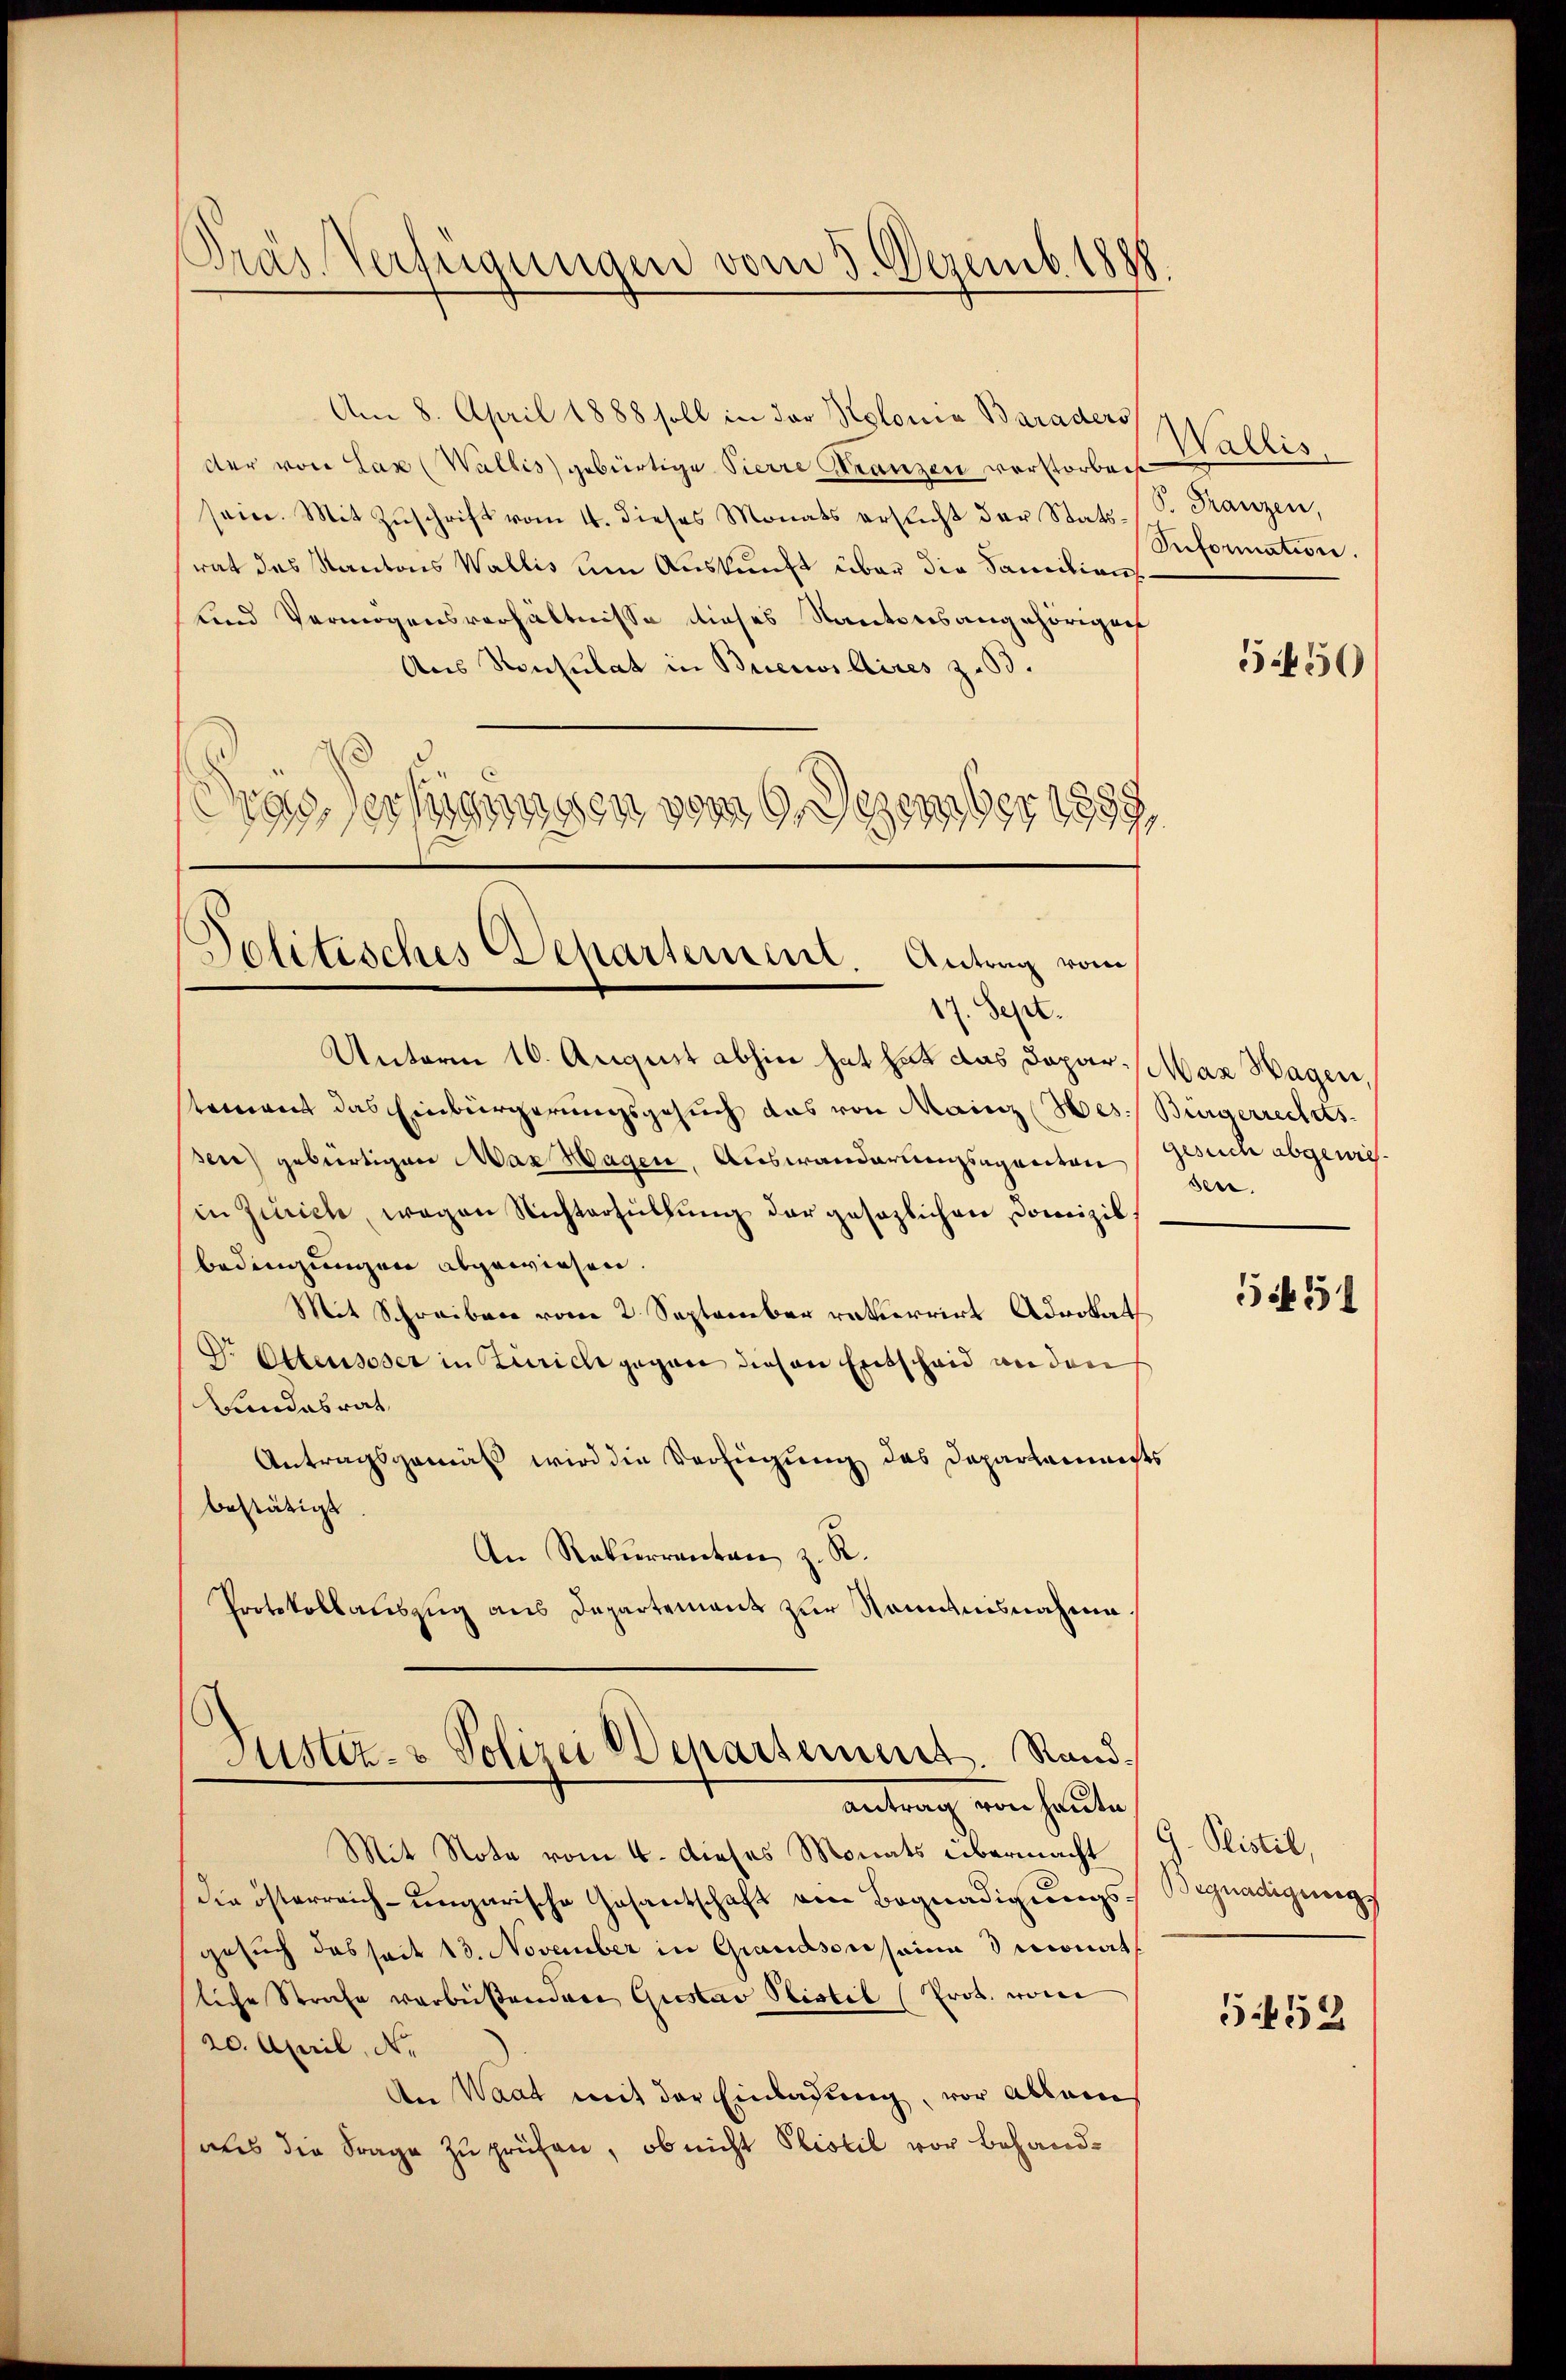
Pras Verfügungen vom 3. Dezemb. 1888.

der von Lax (Wallis gebürtige Pierre Franzen verstorbeist
sein. Mit Zŭschrift vom 4. dieses Monats ersticht der Stats-S. Tanzen,
rat das Kantons Wallis um Auskunft über die Sanitions¬
und Vermögensverhältnisse dieses Kantonsangehörigen
Aus Konsulat in Breiwillires z. B.
drassertigungen vom 6. Dezember 1899,

Am 8. April 1888 soll in der Kolonia Baraders Wallis

Politisches Departement. Antrag vom

17. Sept.
Unterm 10. August abhin hat hat das Departement das Einbürgerungsgesuch das von Mainz (Hes. Bürgerrechts-
sen) gebürtigen Max Hagen, Auswanderungsaganton
in Zürich, wegen Richterfüllung der gesezlichen Domizil
bedingungen abgewiesen.
Mit Schreiben vom 2. September revierrirt Advokat
Dr. Ottensoser in Zürich gegen diesen Entscheid anden
Bundesrat
Antragsgemäß wird die Verfügung des Departamenst
bestätigt
An Rekurrenten z. R.
Protokollauszug aus Departement zur Stammtnisnahme.
Justiz- & Polizei Deparsement. Randantrag von heute
Mit Note vom 4. dieses Monats übermacht
die österreich-ungarische Gesantschaft von Begnadigungsgesuch das seit 13. November in Grandsonsame 3 monat
liche Strafe vorbeistandene Gustav Sistil (Prot. von
20. April, N.
An Waat mit der Einladung, vor Ablein
aues die Frage zu prüfen, ob nicht Plistil vor behand¬

Seformation.

5.450

Max Hagen
gesuch abgewies
sen.

5f 51

G. Plistil,
Begnadigung
552